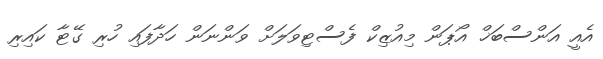
އެއީ އަންސްބަޚް އޯޕަން މިއުޒިކް ފެސްޓިވަލަށް ވަންނަން ހަދާފައި ހުރި ގޭޓާ ކައިރި